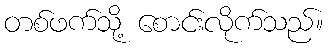
တစ်ဖက်သို့ စောင်းလိုက်သည်။